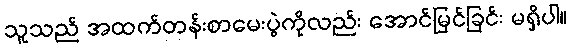
သူသည် အထက်တန်းစာမေးပွဲကိုလည်း အောင်မြင်ခြင်း မရှိပါ။